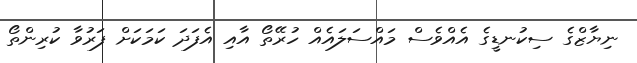
ނިޔާޒްގެ ސިކުނޑީގެ އެއްވެސް މައްސަލައެއް ހުރޭތޯ އާއި އެފަދަ ކަމަކަށް ފަރުވާ ކުރިންތޯ